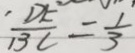
\frac { D E } { B C } = \frac { 1 } { 3 }